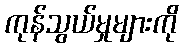
ကုန်သွယ်မှုများကို